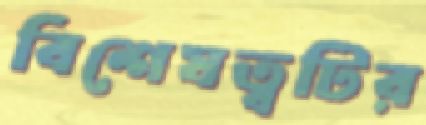
বিশেষত্বটির